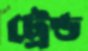
ট্রেন্ড